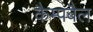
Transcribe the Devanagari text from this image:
कैम्पबैल